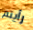
رأيتم